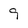
Character: 9